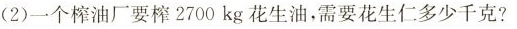
(2)一个榨油厂要榨2700kg花生油，需要花生仁多少千克?